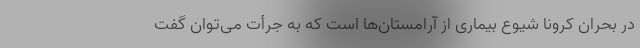
در بحران کرونا شیوع بیماری از آرامستان‌ها است که به جرأت می‌توان گفت